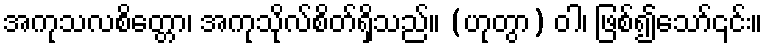
အကုသလစိတ္တော၊ အကုသိုလ်စိတ်ရှိသည်။ (ဟုတွာ) ဝါ၊ ဖြစ်၍သော်၎င်း။